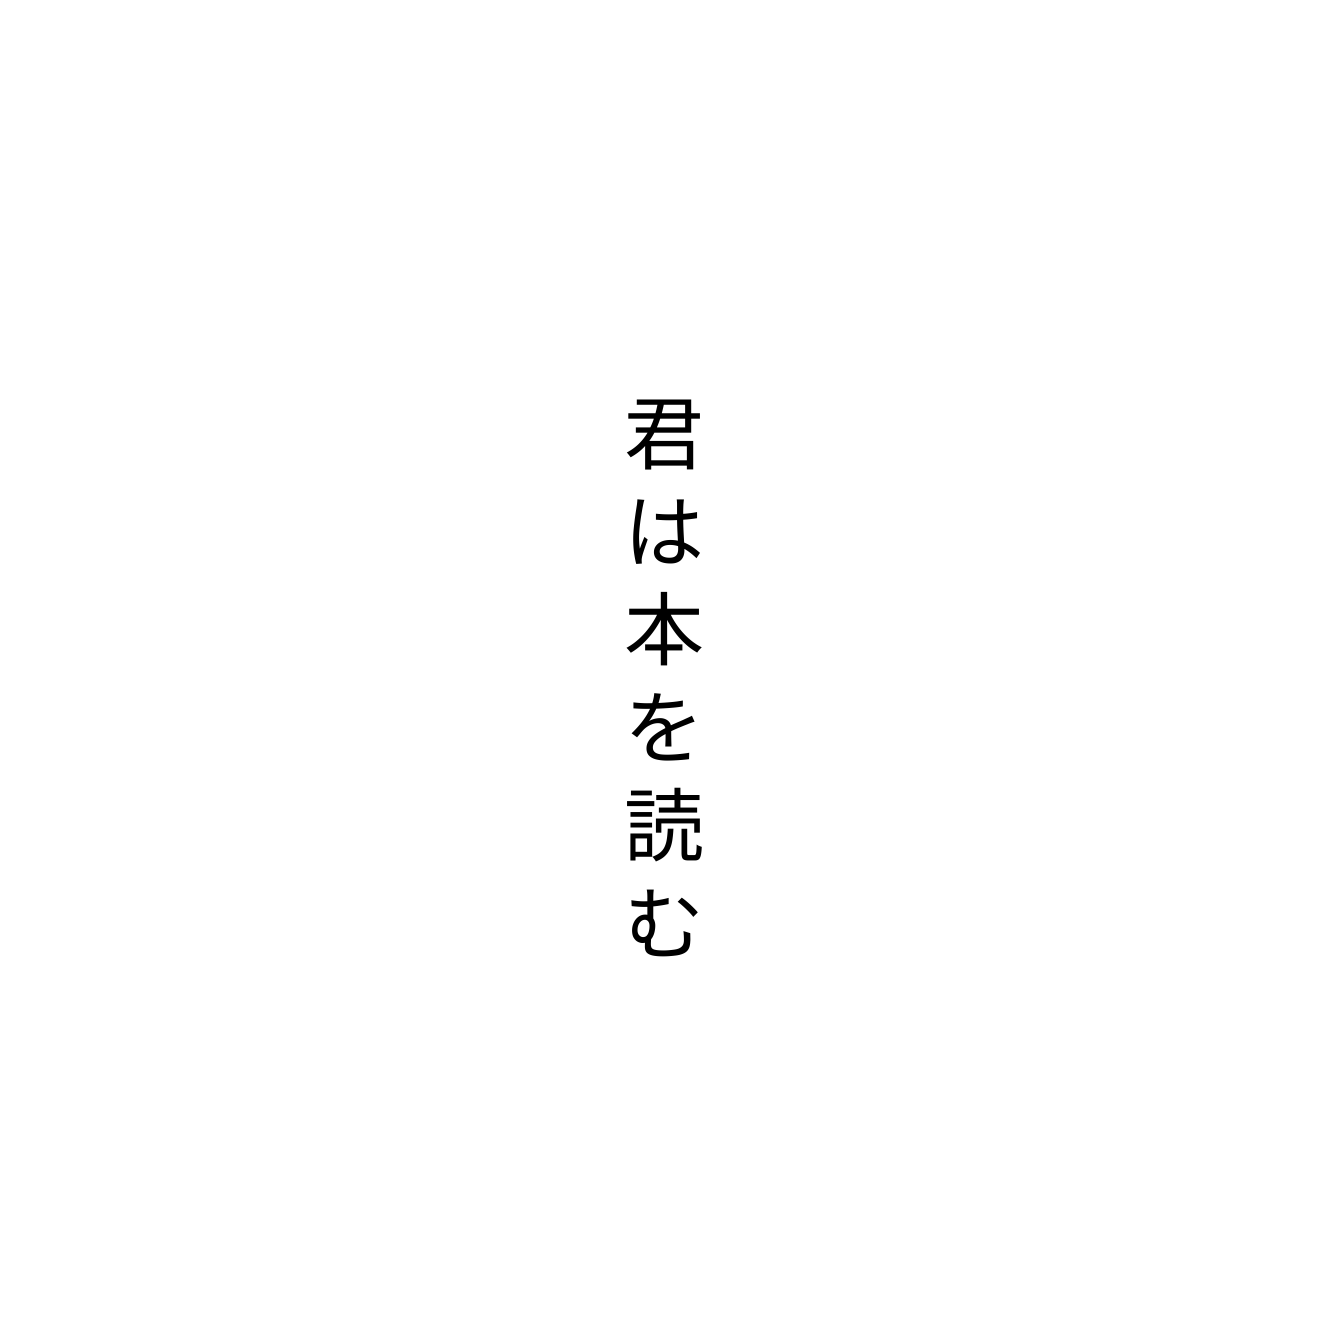
君は本を読む